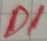
Text: D1